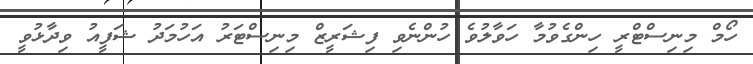
ހޯމް މިނިސްޓްރީ ހިންގެވުމާ ހަވާލުވެ ހުންނެވި ފިޝަރީޒް މިނިސްޓަރު އަހުމަދު ޝަފީއު ވިދާޅުވީ